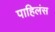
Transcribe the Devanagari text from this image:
पाहिलंस